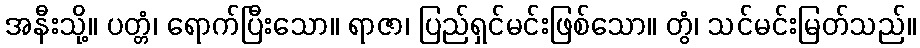
အနီးသို့။ ပတ္တံ၊ ရောက်ပြီးသော။ ရာဇာ၊ ပြည်ရှင်မင်းဖြစ်သော။ တွံ၊ သင်မင်းမြတ်သည်။